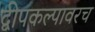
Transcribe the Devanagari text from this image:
द्वीपकल्पावरच